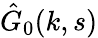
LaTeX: \hat{G}_{0}(k,s)